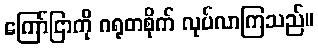
ကြော်ငြာကို ဂရုတစိုက် လုပ်လာကြသည်။